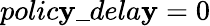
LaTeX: polic\mathbf{y}\_ dela\mathbf{y}=0